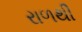
રાળથી